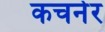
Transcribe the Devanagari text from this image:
कचनेर